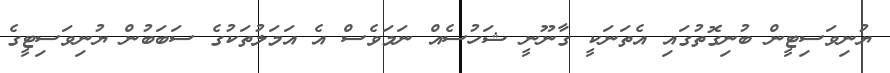
ޔުނިވަސިޓީން ބުނިގޮތުގައި އެތަނަކީ ގާނޫނީ ޝަހުސެއް ނަމަވެސް އެ އަމަލުތަކުގެ ސަބަބުން ޔުނިވަސިޓީގެ